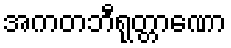
အကတဘီရုတ္တာဏော